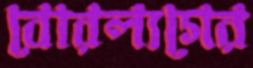
বোরল্যগের